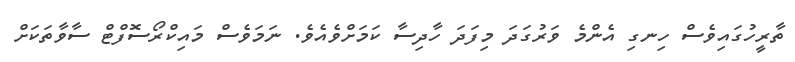
ތާރީހުގައިވެސް ހިނގި އެންމެ ވަރުގަދަ މިފަދަ ހާދިސާ ކަމަށްވެއެވެ. ނަމަވެސް މައިކްރޯސޮފްޓް ސާވާތަކަށް